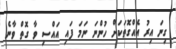
ގިނަ އިރު އެއްގޮތަކަށް ހުންނަ ނަމަ ފައި އައްސި ވާ ގޮތް ވާނެ